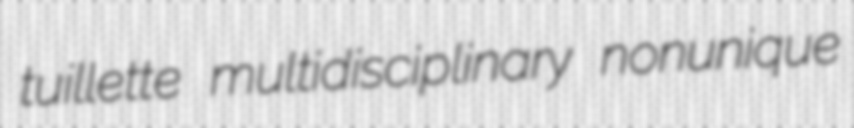
tuillette multidisciplinary nonunique